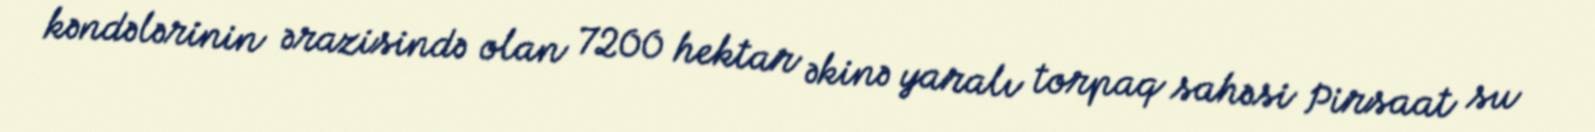
kəndələrinin ərazisində olan 7200 hektar əkinə yaralı torpaq sahəsi Pirsaat su